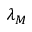
\lambda _ { M }